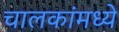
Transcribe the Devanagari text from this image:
चालकांमध्ये